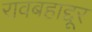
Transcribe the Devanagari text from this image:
रावबहाद्दूर